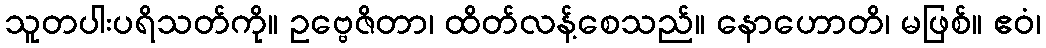
သူတပါးပရိသတ်ကို။ ဥဗ္ဗေဇိတာ၊ ထိတ်လန့်စေသည်။ နောဟောတိ၊ မဖြစ်။ ဧဝံ၊